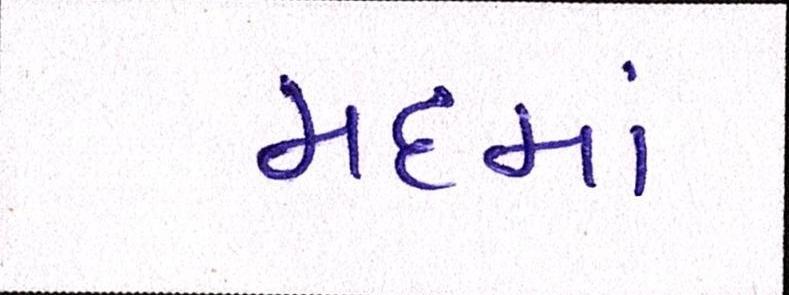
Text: મદમાં